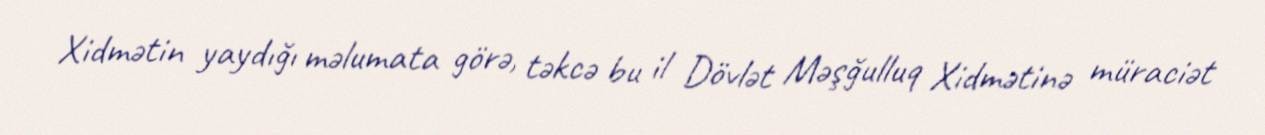
Xidmətin yaydığı məlumata görə, təkcə bu il Dövlət Məşğulluq Xidmətinə müraciət